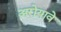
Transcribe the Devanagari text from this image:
अरोयावे